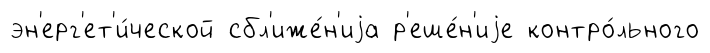
эн'ерг'ет'и́ческой сбл'иже́н'иjа р'еше́н'иjе контро́льного